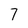
Character: 7